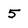
Character: 5